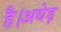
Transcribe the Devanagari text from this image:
है।अधेड़